Indian journal of veterinary science and animal husbandry - Volume 10,
Year: 1940
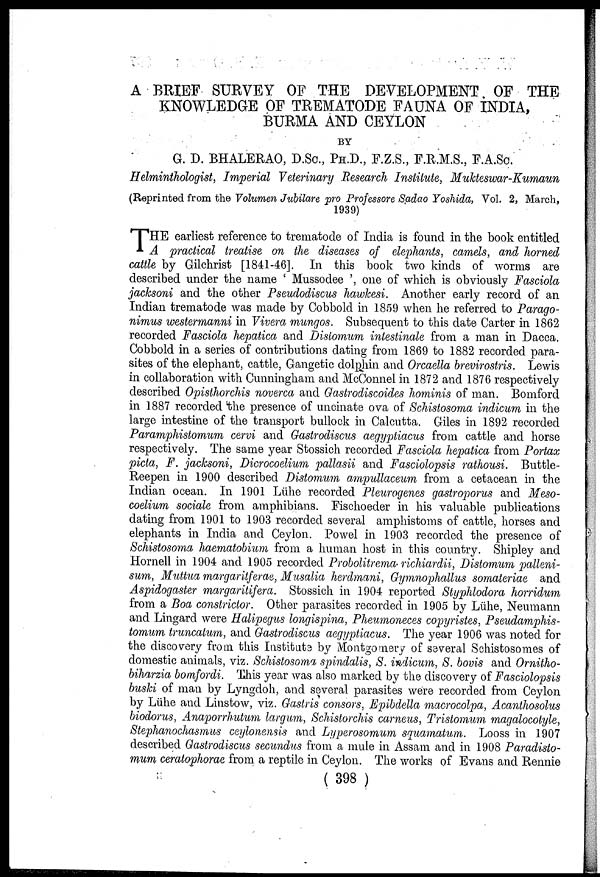
A BRIEF SURVEY OF THE DEVELOPMENT OF THE
KNOWLEDGE OF TREMATODE FAUNA OF INDIA,
BURMA AND CEYLON
BY
G. D. BHALERAO, D.Sc., PH.D., F.Z.S., F.R.M.S., F.A.Sc.
Helminthologist, Imperial Veterinary Research Institute, Mukteswar-Kumaun
(Reprinted from the Volumen Jubilare pro Professore Sadao Yoshida, Vol. 2, March,
1939)
T HE earliest reference to trematode of India is found in the book entitled
A practical treatise on the diseases of elephants, camels, and horned
cattle by Gilchrist [1841-46]. In this book two kinds of worms are
described under the name ' Mussodee ', one of which is obviously Fasciola
jacksoni and the other Pseudodiscus hawkesi. Another early record of an
Indian trematode was made by Cobbold in 1859 when he referred to Parago¬
nimus westermanni in Vivera mungos. Subsequent to this date Carter in 1862
recorded Fasciola hepatica and Disiomum intestinale from a man in Dacca.
Cobbold in a series of contributions dating from 1869 to 1882 recorded para-
sites of the elephant, cattle, Gangetic dolphin and Orcaella brevirostris. Lewis
in collaboration with Cunningham and McConnel in 1872 and 1876 respectively
described Opistorchis noverca and Gastrodiscoides hominis of man. Bomford
in 1887 recorded the presence of uncinate ova of Schistosoma indicum in the
large intestine of the transport bullock in Calcutta. Giles in 1892 recorded
Paramphistomum cervi and Gastrodiscus aegyptiacus from cattle and horse
respectively. The same year Stossich recorded Fasciola hepatica from Portax
picta, F. jacksoni, Dicrocoelium pallasii and Fasciolopsis rathousi. Buttle¬
Reepen in 1900 described Distomum ampullaceum from a cetacean in the
Indian ocean. In 1901 Lühe recorded Pleurogenes gastroporus and Meso¬
coelium sociale from amphibians. Fischoeder in his valuable publications
dating from 1901 to 1903 recorded several amphistoms of cattle, horses and
elephants in India and Ceylon. Powel in 1903 recorded the presence of
Schistosoma haematobium from a human host in this country. Shipley and
Hornell in 1904 and 1905 recorded Probolitrema richiardii, Distomum palleni¬
sum, Muttua margaritferae, Musalia herdmani, Gymnophallus somateriae and
Aspidogaster margaritifera. Stossich in 1904 reported Styphlodora horridum
from a Boa constrictor. Other parasites recorded in 1905 by Lühe, Neumann
and Lingard were Halipegus longispina, Pheumoneces copyristes, Pseudamphis¬
tomum truncatum, and Gastrodiscus aegyptiacus. The year 1906 was noted for
the discovery from this Institute by Montgomery of several Schistosomes of
domestic animals, viz. Schistosoma spindalis, S. indicum, S. bovis and Orniho¬
biharzia bomfordi. This year was also marked by the discovery of Fasciolopsis
buski of man by Lyngdoh, and several parasites were recorded from Ceylon
by Lühe and Linstow, viz. Gastris consors, Epibdella macrocolpa, Acanthosolus
biodorus, Anaporrhutum largum, Schistorchis carneus, Tristomum magalocotyle,
Stephanochasmus ceylonensis and Lyperosomum squamatum. Looss in 1907
described Gastrodiscus secundus from a mule in Assam and in 1908 Paradisto¬
mum ceratophorae from a reptile in Ceylon. The works of Evans and Rennie
( 398 )